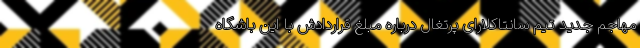
مهاجم جدید تیم سانتاکلارای پرتغال درباره مبلغ قراردادش با این باشگاه